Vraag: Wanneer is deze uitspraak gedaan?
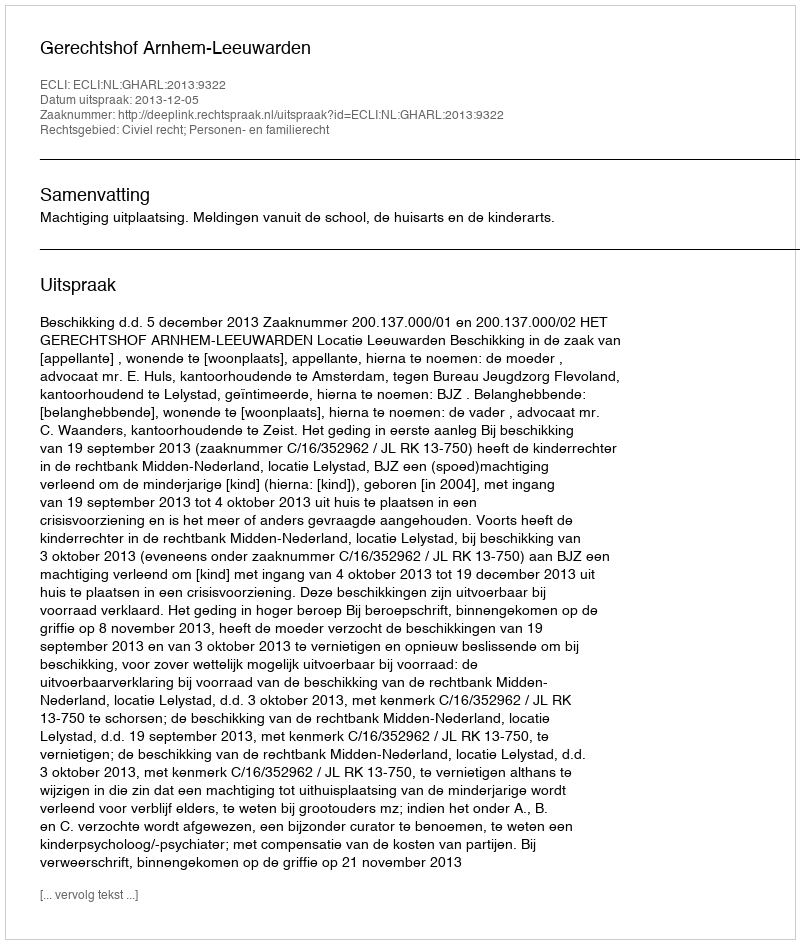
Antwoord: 2013-12-05